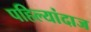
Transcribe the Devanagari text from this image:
पहिल्यांदाज